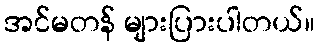
အင်မတန် များပြားပါတယ်။